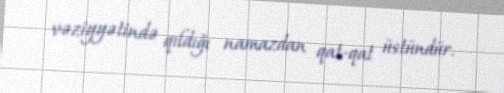
vəziyyətində qıldığı namazdan qat-qat üstündür.